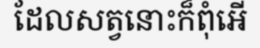
ដែលសត្វនោះក៏ពុំអើ